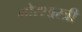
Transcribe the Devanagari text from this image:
मोरशास्त्री